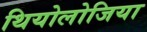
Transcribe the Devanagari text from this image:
थियोलोजिया